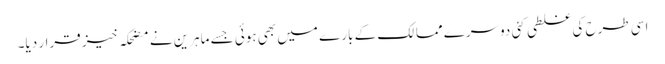
اسی طرح کی غلطی کئی دوسرے ممالک کے بارے میں بھی ہوئی جسے ماہرین نے مضحکہ خیز قرار دیا۔